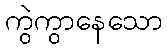
ကွဲကွာနေသော